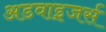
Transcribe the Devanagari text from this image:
अडवाइजर्स